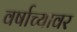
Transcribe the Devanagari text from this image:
वर्षाच्यावर